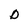
Character: D